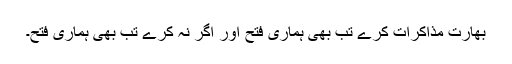
بھارت مذاکرات کرے تب بھی ہماری فتح اور اگر نہ کرے تب بھی ہماری فتح۔